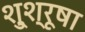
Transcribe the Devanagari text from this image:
शु्श्रूषा